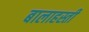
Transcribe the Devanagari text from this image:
बालाहस्ती